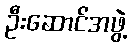
ဦးဆောင်အဖွဲ့